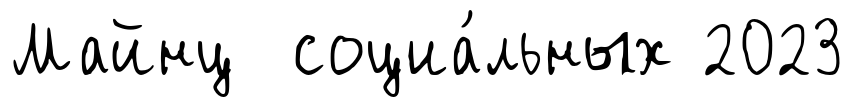
Майнц социа́льных 2023